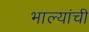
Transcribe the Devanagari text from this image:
भाल्यांची